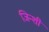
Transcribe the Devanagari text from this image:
जिन्शी